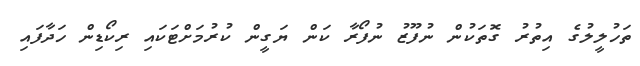
ތަހުލީލުގެ އިތުރު ގޮތަކުން ނުފޫޒު ނުފޯރާ ކަން ޔަގީން ކުރުމަށްޓަކައި ރިކޯޑިން ހަދާފައި